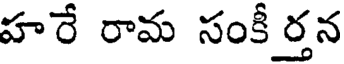
హరే రామ సంకీ ర్తన